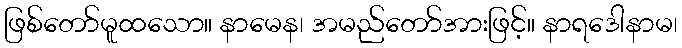
ဖြစ်တော်မူထသော။ နာမေန၊ အမည်တော်အားဖြင့်။ နာရဒေါနာမ၊